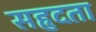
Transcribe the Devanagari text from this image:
सहृदता